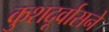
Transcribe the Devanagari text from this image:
कुशदूर्वासने